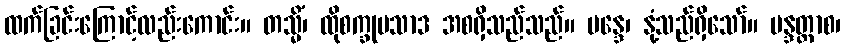
ထက်ခြင်းကြောင့်လည်းကောင်း။ တသ္မိံ၊ ထိုစက္ခုပသာဒ အစရှိသည်သည်။ မန္ဒေ၊ နုံ့သည်ရှိသော်။ မန္ဒတ္တာစ၊